Lunatic asylums Madras 1877-1891 - 1877-1891
Year: 1877
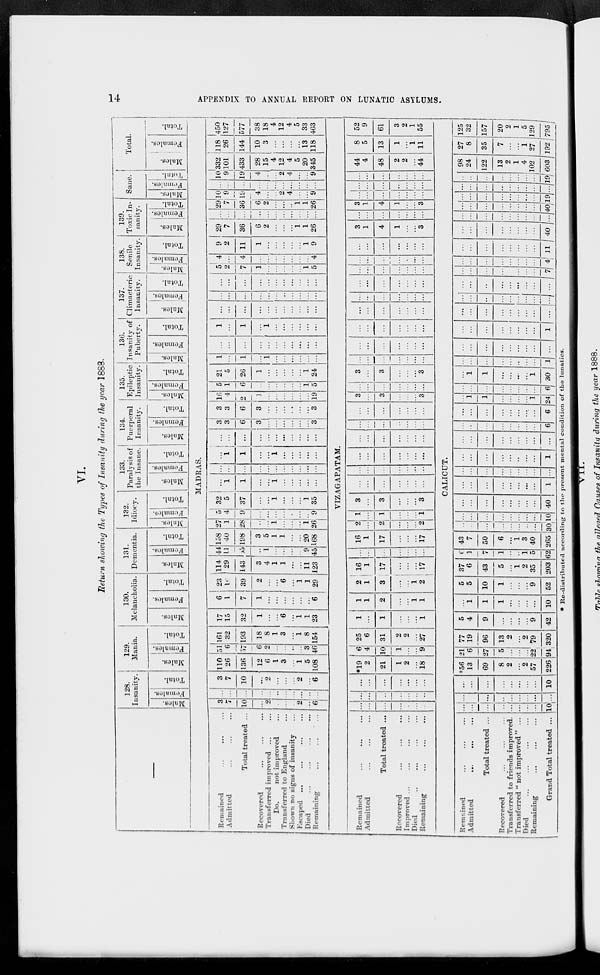
14
APPENDIX TO ANNUAL REPORT ON LUNATIC ASYLUMS.
VI.
Return showing the Types of Insanity during the year 1888.
128.
Insanity.
Males.
Females.
Total.
129.
Mania.
Males.
Females.
Total.
130.
Melancholia.
Males.
Females.
Total.
131.
Dementia.
Males.
Females.
Total.
132.
Idiocy.
Males.
Females.
Total.
133.
Paralysis of
the Insane.
Males.
Females.
Total.
134.
Puerperal
Insanity.
Males.
Females.
Total.
135.
Epileptic
Insanity.
Males.
Females.
Total.
136.
Insanity of
Puberty.
Males.
Females.
Total.
137.
Climacteric
Insanity.
Males.
Females.
Total.
138.
Senile
Insanity.
Males.
Females.
Total.
139.
Toxic In-
sanity.
Males.
Females.
Total.
Sane.
Males.
Females.
Total.
Total.
Males.
Females.
Total.
MADRAS.
Remained
...
...
...
Admitted ... ... ...
Total treated ...
Recovered ... ... ...
Transferred improved ... ...
Do.
not improved ...
Transferred to England ...
Shown no signs of insanity ...
Escaped ... ... ... ...
Died ... ... ... ...
Remaining ... ... ... ...
3
7
10
...
2
...
...
...
2
...
6
...
...
...
...
...
...
...
...
...
...
...
3
7
10
...
2
...
...
...
2
...
6
110
26
136
12
6
1
3
...
1
5
108
51
6
57
6
2
...
...
...
...
3
46
161
32
193
18
8
1
3
...
1
8
154
17
15
32
1
...
...
6
...
1
1
23
6
1
7
1
...
...
...
...
...
...
6
23
16
39
2
...
...
6
...
1
1
29
114
29
143
3
4
1
1
...
...
11
123
44
11
55
...
1
...
...
...
...
9
45
158
40
198
3
5
1
1
...
...
20
168
27
1
28
...
...
1
...
...
...
1
26
5
4
9
...
...
...
...
...
...
..
9
32
5
37
...
...
1
...
...
...
1
35
...
1
1
...
...
1
...
...
...
...
...
...
...
...
...
...
...
...
...
...
...
...
...
1
1
...
...
1
...
...
...
...
...
...
...
...
...
...
...
...
...
...
...
...
3
3
6
3
...
...
...
...
...
...
3
3
3
6
3
...
...
...
...
...
...
3
16
4
2
1
...
...
...
...
...
...
19
5
1
6
...
...
...
...
...
...
1
5
21
5
26
1
...
...
...
...
...
1
24
1
...
1
...
1
...
...
...
...
...
...
...
...
...
...
...
...
...
...
...
...
...
1
...
1
...
1
...
...
...
...
...
...
...
...
...
...
...
...
...
...
...
...
...
...
...
...
...
...
...
...
...
...
...
...
...
...
...
...
...
...
...
...
...
...
...
5
2
7
1
...
...
...
...
...
1
5
4
...
4
...
...
...
...
...
...
...
4
9
2
11
1
...
...
...
...
...
1
9
29
7
36
6
2
...
...
...
1
1
26
...
...
...
...
...
...
...
...
...
...
...
29
7
36
6
2
...
...
..
1
1
26
10
9
19
4
...
...
2
4
...
...
9
...
...
...
...
...
...
...
...
...
...
...
10
9
19
4
...
...
2
4
...
...
9
332
101
433
28
15
4
12
4
5
20
345
118
26
144
10
3
...
...
...
...
13
118
450
127
577
38
18
4
12
4
5
33
463
VIZAGAPATAM.
Remained
...
...
...
Admitted ... ... ...
Total treated ...
Recovered
...
...
...
Improved
...
...
...
...
Died
...
...
...
...
Remaining
...
...
...
...
...
...
...
...
...
...
...
...
...
...
...
...
...
...
...
...
...
...
...
...
*19
2
21
1
2
...
18
6
4
10
1
...
...
9
25
6
31
2
2
...
27
1
...
1
...
...
1
1
1
2
...
1
1
2
1
3
...
...
1
2
16
1
17
...
...
...
17
...
...
...
...
...
...
...
16
1
17
...
...
...
17
2
...
2
...
...
...
2
1
...
1
...
...
...
1
3
...
3
...
...
...
3
...
...
...
...
...
...
...
...
...
...
...
...
...
...
...
...
...
...
...
...
...
...
...
...
...
...
...
...
...
...
...
...
...
...
...
...
...
...
...
...
...
3
...
3
...
...
...
3
...
...
...
...
...
...
...
3
...
3
...
...
...
3
...
...
...
...
...
...
...
...
...
...
...
...
...
...
...
...
...
...
...
...
...
...
...
...
...
...
...
...
...
...
...
...
...
...
...
...
...
...
...
...
...
...
...
...
...
...
...
...
...
...
...
...
...
...
...
...
...
...
...
...
...
...
...
3
1
4
1
...
...
3
...
...
...
...
...
...
...
3
1
4
1
...
...
3
...
...
...
...
...
...
...
...
...
...
...
...
...
...
...
...
...
...
...
...
...
44
4
48
2
2
...
44
8
5
13
1
...
1
11
52
9
61
3
2
1
55
...CALICUT.
Remained ... ... ...
Admitted
...
...
...
Total treated ...
Recovered ... ... ...
Transferred to friends improved.
Transferred " not improved " ...
Died ... ... ... ...
Remaining
...
...
...
Grand Total treated ...
...
...
...
...
...
...
...
...
10
...
...
...
...
...
...
...
...
...
...
...
...
...
...
...
...
...
10
*56
13
69
8
2
...
2
57
226
21
6
27
5
...
...
...
22
94
77
19
96
13
2
...
2
79
320
5
4
9
...
...
...
...
9
42
...
1
1
1
...
...
...
...
10
5
5
10
1
...
...
...
9
52
37
6
43
5
...
1
2
35
203
6
1
7
1
...
...
1
5
62
43
7
50
6
...
1
3
40
265
...
...
...
...
...
. . .
...
...
30
...
...
...
...
...
. . .
...
...
10
...
...
...
...
...
...
...
...
40
...
...
...
...
...
...
...
...
1
...
...
...
...
...
...
...
...
...
...
...
...
...
...
...
...
...
1
...
...
...
...
...
...
...
...
...
...
...
...
...
...
...
...
...
6
...
...
...
...
...
...
...
...
6
...
1
1
...
...
...
...
1
24
...
...
...
...
...
...
...
...
6
...
1
1
...
...
...
...
1
30
...
...
...
...
...
...
...
...
1
...
...
...
...
...
...
...
...
...
...
...
...
...
...
...
...
...
1
...
...
...
...
...
...
...
...
...
...
...
...
...
...
...
...
...
...
...
...
...
...
...
...
...
...
...
...
...
...
...
...
...
...
...
7
...
...
...
...
...
...
...
...
4
...
...
...
...
...
...
...
...
11
...
...
...
...
...
...
...
...
40
...
...
...
...
...
...
...
...
...
...
...
...
...
...
...
...
...
40
...
...
...
...
...
...
...
...
19
...
...
...
...
...
...
...
...
..
...
...
...
...
...
...
...
...
19
98
24
122
13
2
1
4
102
603
27
8
35
7
...
...
1
27
192
125
32
157
20
2
1
5
129
795
*Re-distributed according to the present mental condition of the lunatics.